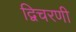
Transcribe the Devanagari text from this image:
द्विचरणी